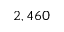
2 , 4 6 0